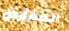
المفترض